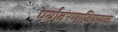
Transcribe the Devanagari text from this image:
पर्यावरणाविषयक